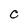
Character: C